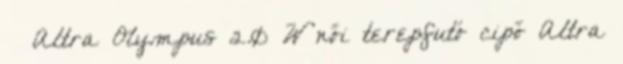
Altra Olympus 2.0 W női terepfutó cipő Altra